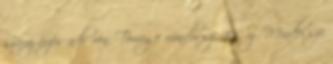
száraz érzés a bőrön. Tömege mindössze 100 g Mindössze